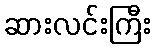
ဆားလင်းကြီး